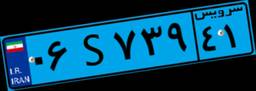
۴۱S۲۴۵۴۱